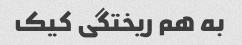
به هم ریختگی کیک